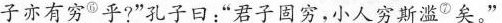
子亦有穷^{⑥}乎?”孔子曰：”君子固穷，小人穷斯滥 ^{⑦}矣。”